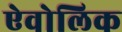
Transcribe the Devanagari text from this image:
ऐवोलिक